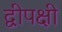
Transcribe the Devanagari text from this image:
द्वीपक्षी